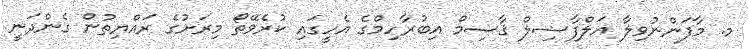
މ. މާފަންނުވިލާ އަލްފާޟިލް ޤާސިމް އިބުރާހިމްގެ އެހީގައި ކުރެވޭތޯ މިރަށުގެ ރައްޔިތުން ގެންދަނީ